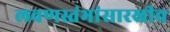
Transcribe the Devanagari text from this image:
लवणस्तंभांसारखीच